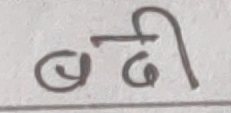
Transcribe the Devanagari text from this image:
बढी